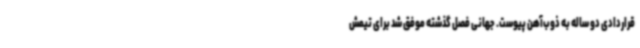
قراردادی دو ساله به ذوب‌آهن پیوست. جهانی فصل گذشته موفق شد برای تیمش